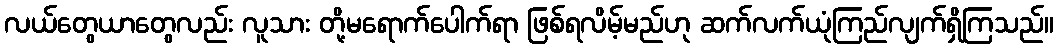
လယ်တွေယာတွေလည်း လူသား တို့မရောက်ပေါက်ရာ ဖြစ်ရလိမ့်မည်ဟု ဆက်လက်ယုံကြည်လျက်ရှိကြသည်။